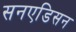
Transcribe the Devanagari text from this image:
सनएडिसन